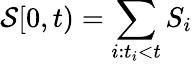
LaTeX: \mathcal{S}[0,t)=\sum_{i:t_{i}<t}S_{i}